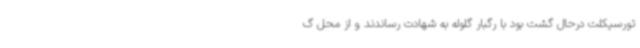
تورسیکلت درحال گشت بود با رگبار گلوله به شهادت رساندند و از محل گ